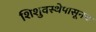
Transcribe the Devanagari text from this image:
शिशुवस्थेपासूनच